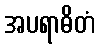
အပရာဓိတံ